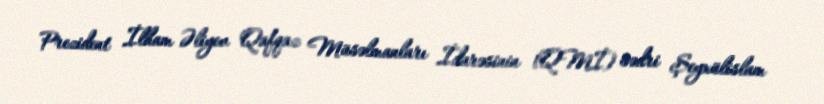
Prezident İlham Əliyev Qafqaz Müsəlmanları İdarəsinin (QMİ) sədri Şeyxülislam